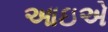
આઇએ